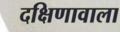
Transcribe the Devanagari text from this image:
दक्षिणावाला